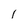
Character: l